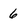
Character: 6